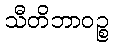
သီတိဘာဝဉ္စ